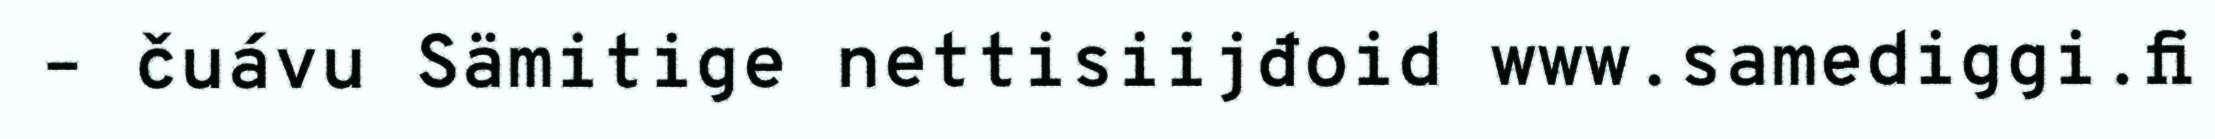
– čuávu Sämitige nettisiijđoid www.samediggi.fi